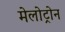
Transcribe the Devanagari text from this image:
मेलोट्रोन